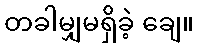
တခါမျှမရှိခဲ့ ချေ။